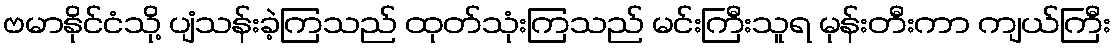
ဗမာနိုင်ငံသို့ ပျံသန်းခဲ့ကြသည် ထုတ်သုံးကြသည် မင်းကြီးသူရ မုန်းတီးကာ ကျယ်ကြီး